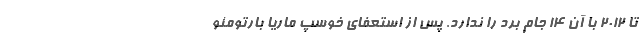
تا 2012 با آن 14 جام برد را ندارد. پس از استعفای خوسپ ماریا بارتومئو